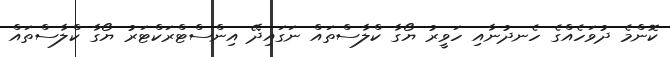
ކޮންމެ ދުވަހެއްގެ ހެނދުނާއި ހަވީރު ޔޯގާ ކްލާސްތައް ނަގައިދޭ އިންސްޓްރަކްޓަރު ޔޯގާ ކްލާސްތައް